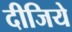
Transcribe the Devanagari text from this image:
दीजिये